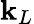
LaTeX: \mathbf{k}_{L}